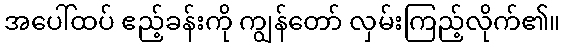
အပေါ်ထပ် ဧည့်ခန်းကို ကျွန်တော် လှမ်းကြည့်လိုက်၏။